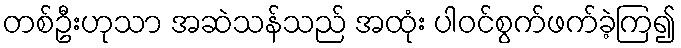
တစ်ဦးဟုသာ အဆဲသန်သည် အထုံး ပါဝင်စွက်ဖက်ခဲ့ကြ၍